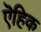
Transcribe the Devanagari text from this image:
ऎहिक